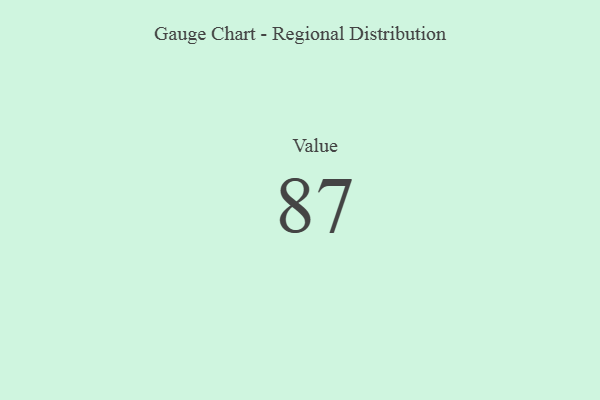
{"axis": {"x": "Metric", "y": "Value"}, "legend": [""], "data": [{"x": "Value", "y": 87, "type": ""}]}